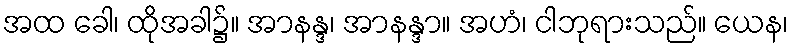
အထ ခေါ၊ ထိုအခါ၌။ အာနန္ဒ၊ အာနန္ဒာ။ အဟံ၊ ငါဘုရားသည်။ ယေန၊